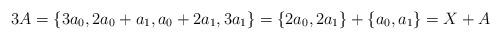
LaTeX: \begin{align*}3A = \{3a_0,2a_0 +a_1,a_0+2a_1,3a_1\}= \{2a_0, 2a_1 \}+\{ a_0,a_1\} = X+A\end{align*}